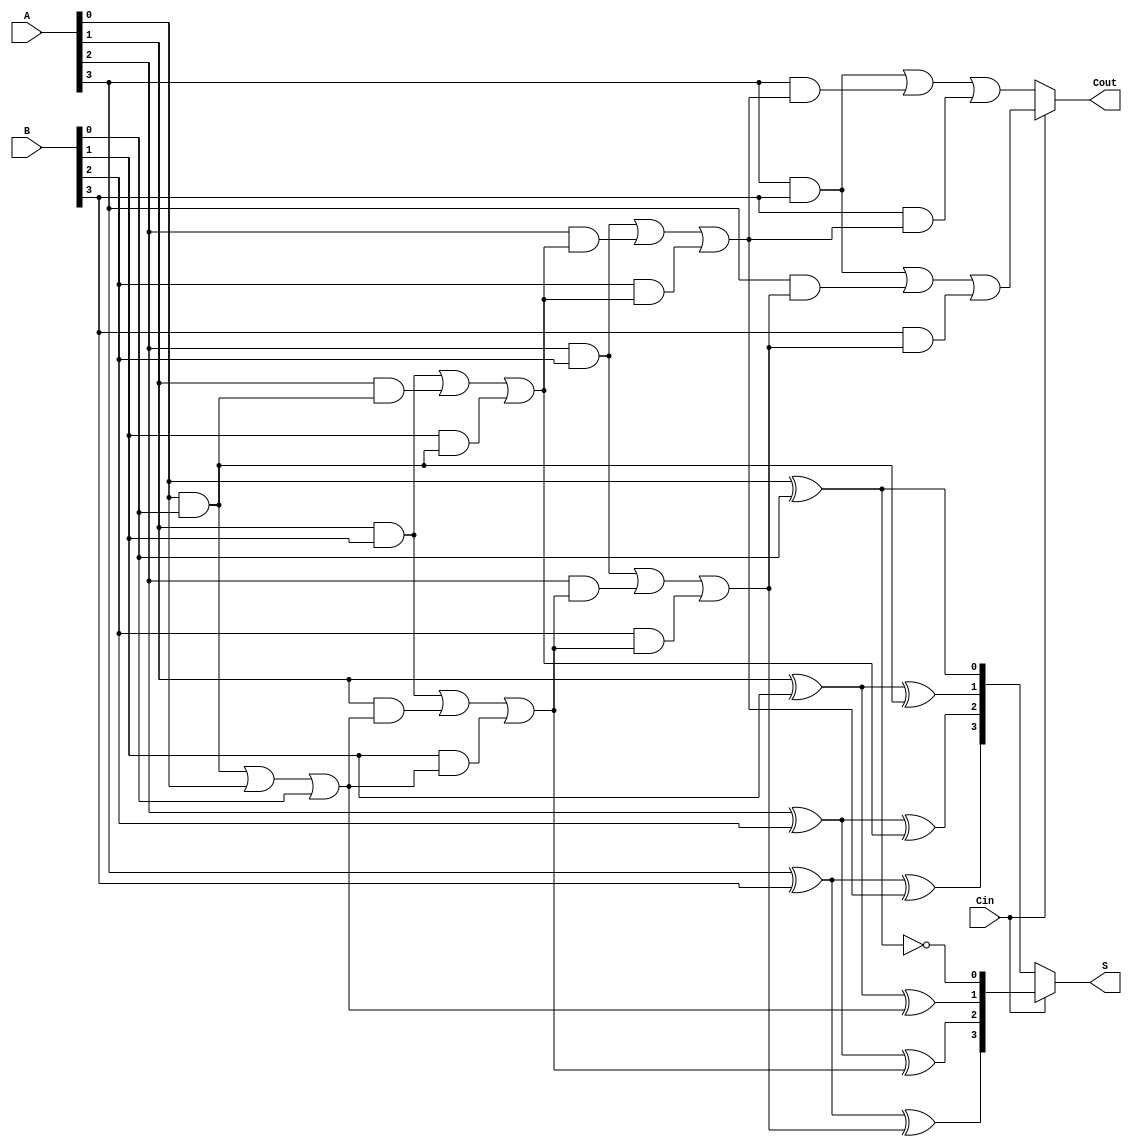
module CCSA #(parameter N = 4) (
    input  [N-1:0] A,      // First n-bit input
    input  [N-1:0] B,      // Second n-bit input
    input          Cin,     // Carry-in
    output [N-1:0] S,      // n-bit sum output
    output         Cout     // Carry-out
);

    wire [N-1:0] S0, S1;   // Sums for Cin = 0 and Cin = 1
    wire [N-1:0] C0, C1;   // Carries for Cin = 0 and Cin = 1

    // First segment - Calculate sums and carries for Cin = 0
    genvar i;
    generate
        for (i = 0; i < N; i = i + 1) begin : ADDER_SEGMENT
            if (i == 0) begin
                assign S0[i] = A[i] ^ B[i] ^ 1'b0; // S0 for Cin = 0
                assign C0[i] = (A[i] & B[i]) | (A[i] & 1'b0) | (B[i] & 1'b0);
            end else begin
                assign S0[i] = A[i] ^ B[i] ^ C0[i-1]; // S0 for Cin = 0
                assign C0[i] = (A[i] & B[i]) | (A[i] & C0[i-1]) | (B[i] & C0[i-1]);
            end
            
            // Calculate sums and carries for Cin = 1
            if (i == 0) begin
                assign S1[i] = A[i] ^ B[i] ^ 1'b1; // S1 for Cin = 1
                assign C1[i] = (A[i] & B[i]) | (A[i] & 1'b1) | (B[i] & 1'b1);
            end else begin
                assign S1[i] = A[i] ^ B[i] ^ C1[i-1]; // S1 for Cin = 1
                assign C1[i] = (A[i] & B[i]) | (A[i] & C1[i-1]) | (B[i] & C1[i-1]);
            end
        end
    endgenerate

    // Carry select logic - Mux to select the sum and carry output based on Cin
    assign S = Cin ? S1 : S0;           // Select the sum based on Cin
    assign Cout = Cin ? C1[N-1] : C0[N-1]; // Select the carry-out based on Cin

endmodule